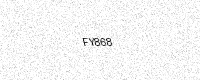
Text: FY868